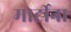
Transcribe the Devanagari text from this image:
मार्टीना